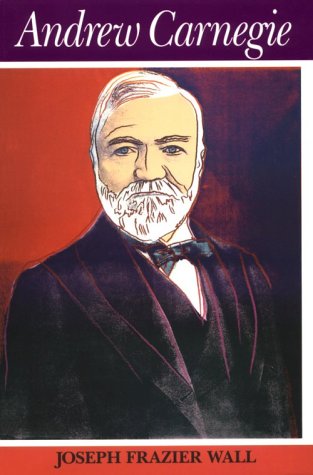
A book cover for Andrew Carnegie; Joseph Frazier Wall; Biographies & Memoirs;